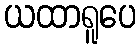
ယထာရူပေ